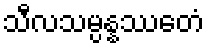
သီလသမ္ပန္နဿေတံ